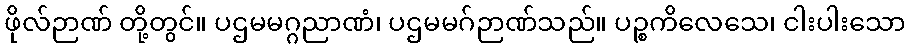
ဖိုလ်ဉာဏ် တို့တွင်။ ပဌမမဂ္ဂညာဏံ၊ ပဌမမဂ်ဉာဏ်သည်။ ပဉ္စကိလေသေ၊ ငါးပါးသော